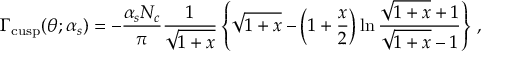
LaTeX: { \mit \Gamma } _ { \mathrm { c u s p } } ( \theta ; \alpha _ { s } ) = - \frac { \alpha _ { s } N _ { c } } { \pi } \frac { 1 } { \sqrt { 1 + x } } \left\{ \sqrt { 1 + x } - \left( 1 + \frac { x } { 2 } \right) \ln \frac { \sqrt { 1 + x } + 1 } { \sqrt { 1 + x } - 1 } \right\} \, ,